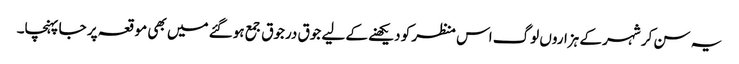
یہ سن کر شہر کے ہزاروں لوگ اس منظر کو دیکھنے کے لیے جوق درجوق جمع ہوگئے میں بھی موقعہ پر جا پہنچا۔